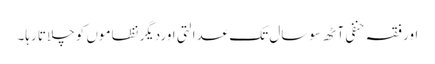
اور فقہ حنفی آٹھ سوسال تک عدالتی اوردیگر نظاموں کو چلاتا رہا۔